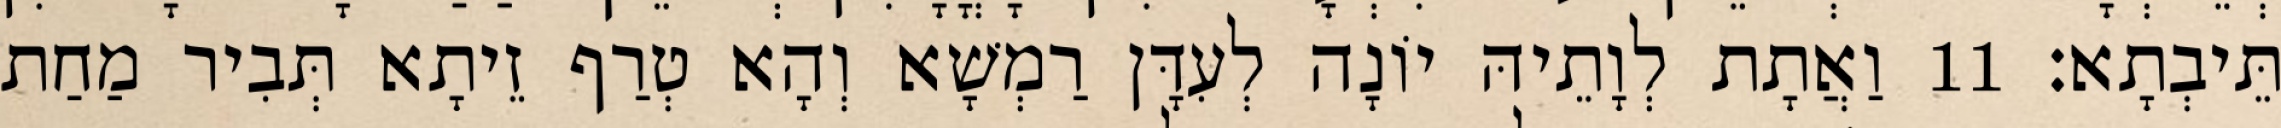
תֵּיבְתָא׃ 11 וַאֲתָת לְוָתֵיהּ יוֹנָה לְעִדָּן רַמְשָׁא וְהָא טְרַף זֵיתָא תְּבִיר מַחַת